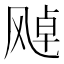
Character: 𩙩